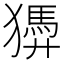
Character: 㺛